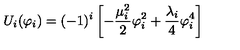
U _ { i } ( \varphi _ { i } ) = ( - 1 ) ^ { i } \left[ - \frac { \mu _ { i } ^ { 2 } } { 2 } \varphi _ { i } ^ { 2 } + \frac { \lambda _ { i } } { 4 } \varphi _ { i } ^ { 4 } \right]